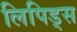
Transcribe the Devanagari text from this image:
लिपिड्स